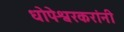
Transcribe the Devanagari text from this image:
धोपेश्वरकरांनी